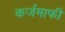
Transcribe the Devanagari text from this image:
कर्जमाफी